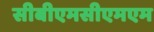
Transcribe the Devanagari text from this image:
सीबीएमसीएमएम